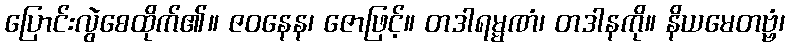
ပြောင်းလွဲစေထိုက်၏။ ဇဝနေန၊ ဇောဖြင့်။ တဒါရမ္မဏံ၊ တဒါနကို။ နိယမေတဗ္ဗံ၊